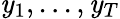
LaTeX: \mathit{y}_{1},...,\mathit{y}_{T}